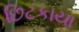
છિટકાયા